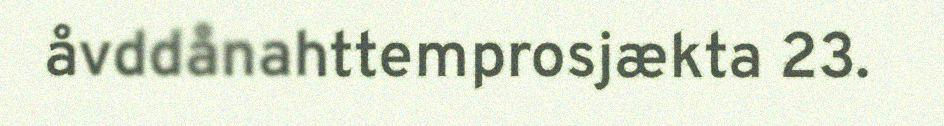
åvddånahttemprosjækta 23.